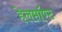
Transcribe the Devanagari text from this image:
हेलमॉण्ट